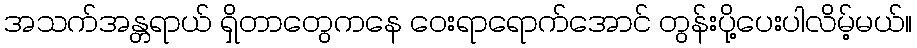
အသက်အန္တရာယ် ရှိတာတွေကနေ ဝေးရာရောက်အောင် တွန်းပို့ပေးပါလိမ့်မယ်။